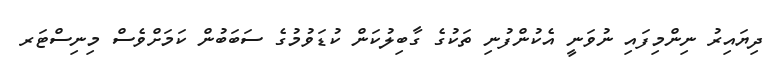
ދިޔައިރު ނިންމިފައި ނުވަނީ އެކުންފުނި ތަކުގެ ގާބިލުކަން ކުޑަވުމުގެ ސަބަބުން ކަމަށްވެސް މިނިސްޓަރ